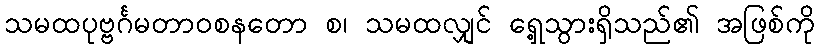
သမထပုဗ္ဗင်္ဂမတာဝစနတော စ၊ သမထလျှင် ရှေ့သွားရှိသည်၏ အဖြစ်ကို